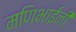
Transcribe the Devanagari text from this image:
मणिभाईंनी